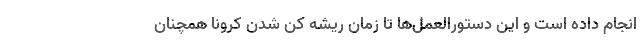
انجام داده است و این دستورالعمل‌ها تا زمان ریشه کن شدن کرونا همچنان